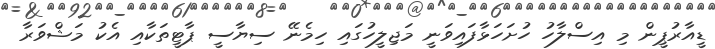
ޑީއާރުޕީން މި އިސްލާހު ހުށަހަޅާފައިވަނީ މަޖިލީހުގައި ހިމެނޭ ސިޔާސީ ޕާޓީތަކާއި އެކު މަޝްވަރާ